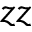
z z